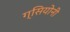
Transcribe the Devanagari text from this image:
ग्सियोनी